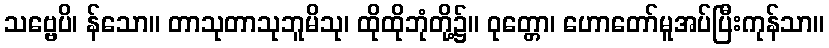
သဗ္ဗေပိ၊ န်သော။ တာသုတာသုဘူမိသု၊ ထိုထိုဘုံတို့၌။ ဝုတ္တော၊ ဟောတော်မူအပ်ပြီးကုန်သာ။